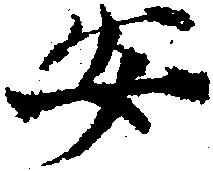
安